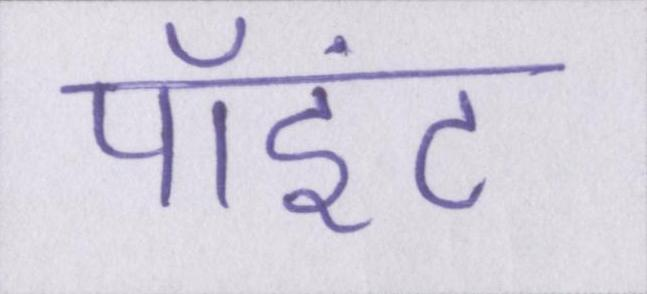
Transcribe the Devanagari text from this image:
पॉइंट